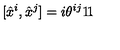
[ \hat { x } ^ { i } , \hat { x } ^ { j } ] = i { \theta } ^ { i j } { \rlap { 1 } \mathrm { 1 } } .